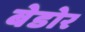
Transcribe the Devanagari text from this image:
बेडोर